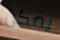
يمكن